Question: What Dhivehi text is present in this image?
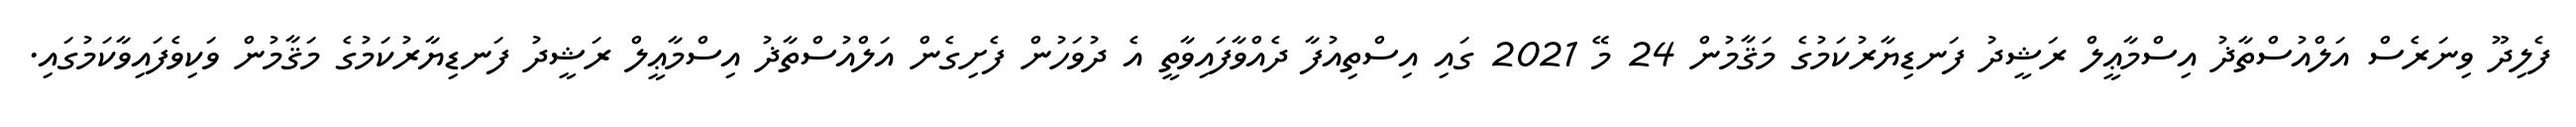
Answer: ފެލިދޫ ވިނަރެސް އަލްއުސްތާޛު އިސްމާޢީލް ރަޝީދު ފަނޑިޔާރުކަމުގެ މަޤާމުން 24 މޭ 2021 ގައި އިސްތިއުފާ ދެއްވާފައިވާތީ އެ ދުވަހުން ފެށިގެން އަލްއުސްތާޛު އިސްމާޢީލް ރަޝީދު ފަނޑިޔާރުކަމުގެ މަޤާމުން ވަކިވެފައިވާކަމުގައި.